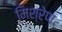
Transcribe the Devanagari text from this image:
मिश्रेण